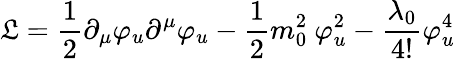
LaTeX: {\cal\mathfrak{L}}=\frac{{1}}{{2}}\partial_{\mu}\varphi_{u}\partial^{\mu}\varphi_{u}-\frac{{1}}{{2}}m_{0}^{2}~\varphi_{u}^{2}-\frac{{\lambda_{0}}}{{4!}}\varphi_{u}^{4}\,